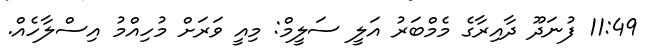
11:49 ފުނަދޫ ދާއިރާގެ މެމްބަރު އަލީ ސަލީމް: މިއީ ވަރަށް މުހިއްމު އިސްލާހެއް.